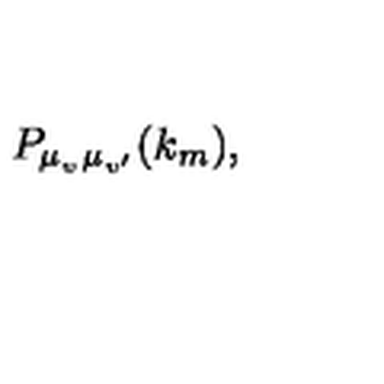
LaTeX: P _ { \mu _ { v ^ { \vphantom { \prime } } } \mu _ { v ^ { \prime } } } ( k _ { m } ) ,